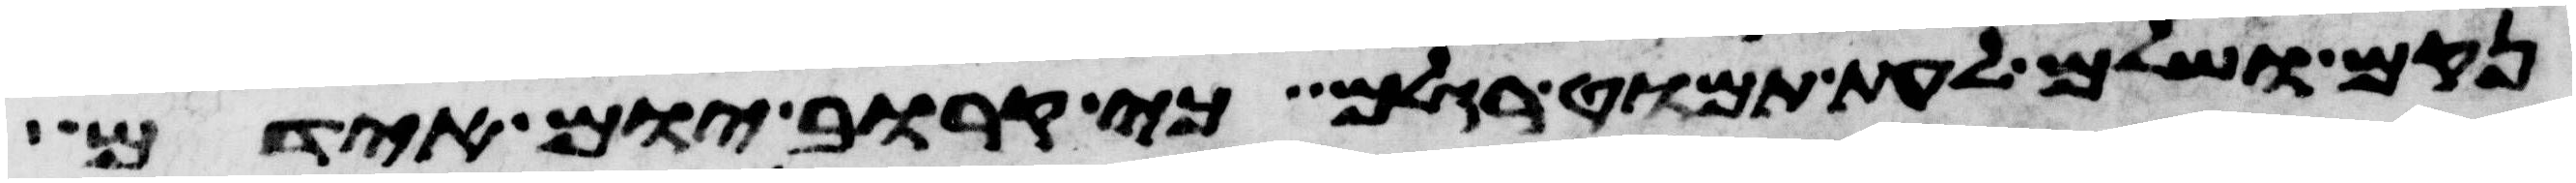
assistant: נקם ושלם לעת תמוט רגלם כי קרוב יום אידם